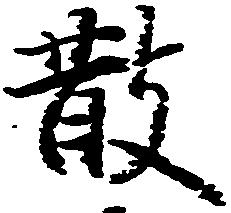
散